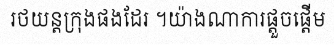
រថយន្តក្រុងផងដែរ ។យ៉ាងណាការផ្តួចផ្តើម